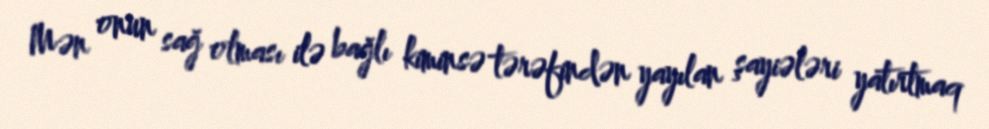
Mən onun sağ olması ilə bağlı kiminsə tərəfindən yayılan şayiələri yatırtmaq